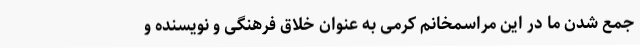
جمع شدن ما در این مراسمخانم کرمی به عنوان خلاق فرهنگی و نویسنده و